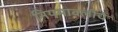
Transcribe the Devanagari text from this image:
नियमावलींचे